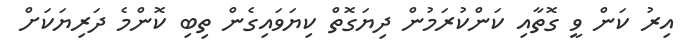
އިރު ކަން ވީ ގޮތާއި ކަންކުރަމުން ދިޔަގޮތް ކިޔަވައިގެން ތިބި ކޮންމެ ދަރިޔަކަށް